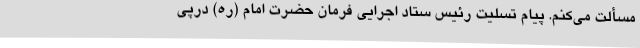
مسألت می‌کنم. پیام تسلیت رئیس ستاد اجرایی فرمان حضرت امام (ره) درپی